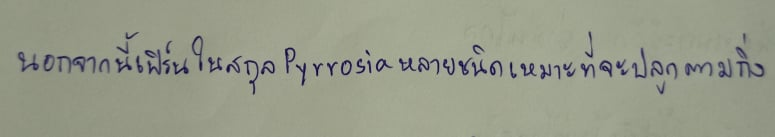
นอกจากนี้เฟิร์นในสกุลPyrrosiaหลายชนิดเหมาะที่จะปลูกตามกิ่ง